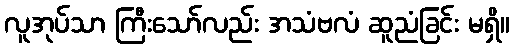
လူအုပ်သာ ကြီးသော်လည်း အသံဗလံ ဆူညံခြင်း မရှိ။